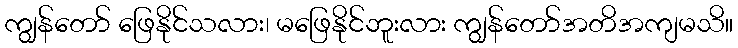
ကျွန်တော် ဖြေနိုင်သလား၊ မဖြေနိုင်ဘူးလား ကျွန်တော်အတိအကျမသိ။